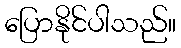
ပြောနိုင်ပါသည်။